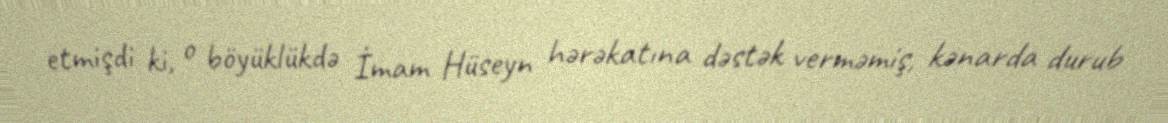
etmişdi ki, o böyüklükdə İmam Hüseyn hərəkatına dəstək verməmiş, kənarda durub